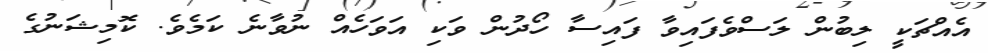
އެއްޗަކީ ލިބުން ލަސްވެފައިވާ ފައިސާ ހޯދުން ވަކި އަވަހެއް ނުވާނެ ކަމެވެ. ކޮމިޝަނުގެ